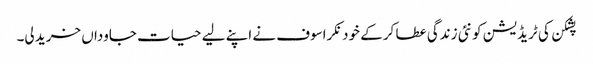
پشکن کی ٹریڈیشن کو نئی زندگی عطا کر کے خود نکراسوف نے اپنے لیے حیات جاوداں خرید لی۔